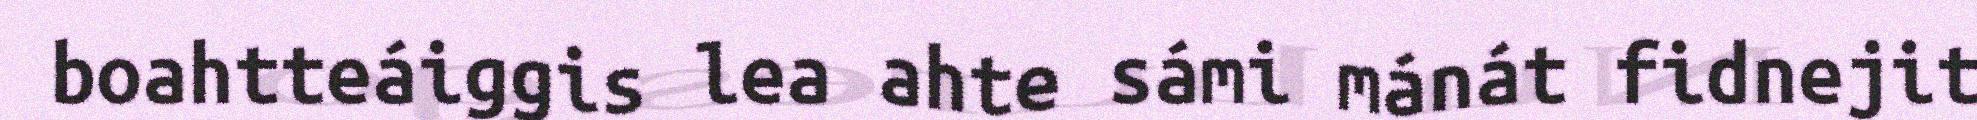
boahtteáiggis lea ahte sámi mánát fidnejit